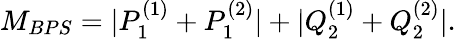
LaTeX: M_{BPS}=|P_{1}^{(1)}+P_{1}^{(2)}|+|Q_{2}^{(1)}+Q_{2}^{(2)}|.